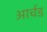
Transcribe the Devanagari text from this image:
आर्चड